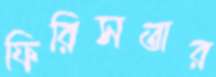
ফিরিসতার